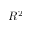
R ^ { 2 }